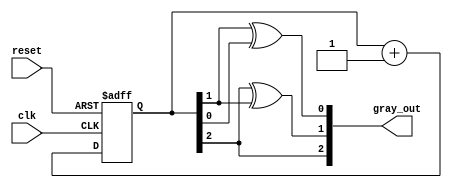
module gray_code_counter (
    input wire clk,      // Clock input
    input wire reset,    // Reset input
    output reg [2:0] gray_out // 3-bit Gray code output
);

    // Internal signals to hold intermediate states
    reg [2:0] bin; // Binary representation of the count

    // Combinational logic to convert binary to Gray code
    function [2:0] binary_to_gray;
        input [2:0] binary;
        begin
            binary_to_gray = {binary[2], binary[2] ^ binary[1], binary[1] ^ binary[0]};
        end
    endfunction

    // Asynchronous binary counter
    always @(posedge clk or posedge reset) begin
        if (reset) begin
            bin <= 3'b000; // Reset binary count to 0
        end else begin
            bin <= bin + 1; // Increment binary count
        end
    end

    // Convert binary count to Gray code
    always @(*) begin
        gray_out = binary_to_gray(bin); // Update Gray code output
    end

endmodule